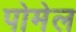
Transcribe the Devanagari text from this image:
पोमेल